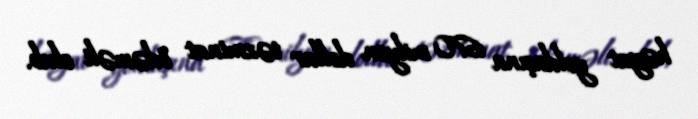
həyat yoldaşına 670 milyon dollar təzminat ödəməli olub.